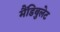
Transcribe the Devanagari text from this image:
मैंडिबुलेट